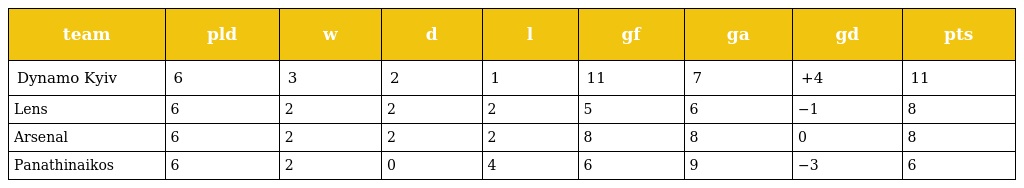
| team | pld | w | d | l | gf | ga | gd | pts |
 | --- | --- | --- | --- | --- | --- | --- | --- | --- |
 | Dynamo Kyiv | 6 | 3 | 2 | 1 | 11 | 7 | +4 | 11 |
 | Lens | 6 | 2 | 2 | 2 | 5 | 6 | −1 | 8 |
 | Arsenal | 6 | 2 | 2 | 2 | 8 | 8 | 0 | 8 |
 | Panathinaikos | 6 | 2 | 0 | 4 | 6 | 9 | −3 | 6 |